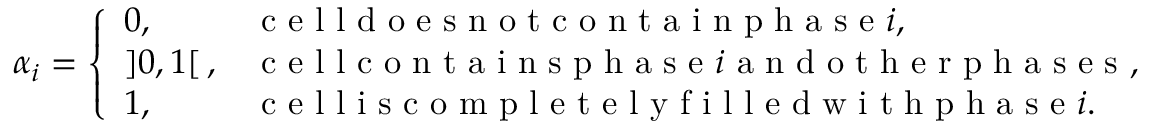
\alpha _ { i } = \left\{ \begin{array} { l l } { 0 , } & { \mathrm { ~ c ~ e ~ l ~ l ~ d ~ o ~ e ~ s ~ n ~ o ~ t ~ c ~ o ~ n ~ t ~ a ~ i ~ n ~ p ~ h ~ a ~ s ~ e ~ } i , } \\ { ] 0 , 1 [ \, , } & { \mathrm { ~ c ~ e ~ l ~ l ~ c ~ o ~ n ~ t ~ a ~ i ~ n ~ s ~ p ~ h ~ a ~ s ~ e ~ } i \mathrm { ~ a ~ n ~ d ~ o ~ t ~ h ~ e ~ r ~ p ~ h ~ a ~ s ~ e ~ s ~ } , } \\ { 1 , } & { \mathrm { ~ c ~ e ~ l ~ l ~ i ~ s ~ c ~ o ~ m ~ p ~ l ~ e ~ t ~ e ~ l ~ y ~ f ~ i ~ l ~ l ~ e ~ d ~ w ~ i ~ t ~ h ~ p ~ h ~ a ~ s ~ e ~ } i . } \end{array} \right.